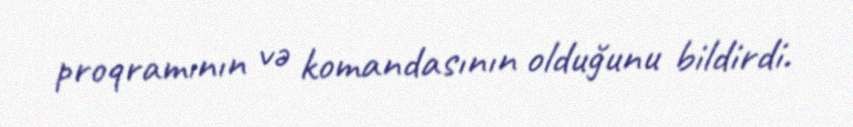
proqramının və komandasının olduğunu bildirdi.